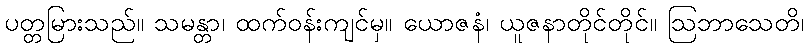
ပတ္တမြားသည်။ သမန္တာ၊ ထက်ဝန်းကျင်မှ။ ယောဇနံ၊ ယူဇနာတိုင်တိုင်။ ဩဘာသေတိ၊